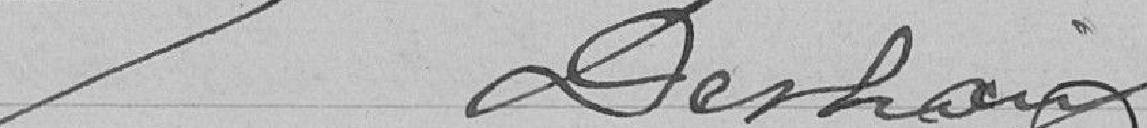
Derhang